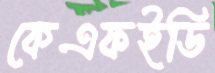
কেএফইডি